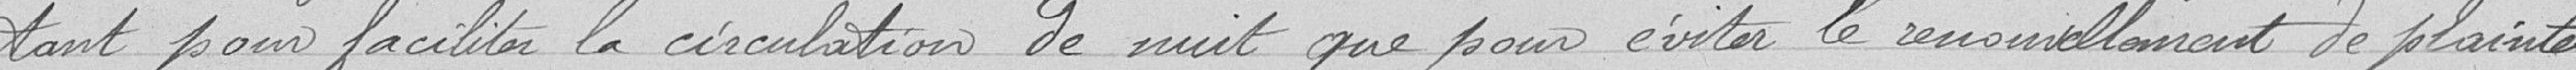
tant pour faciliter la circulation de nuit que pour éviter le renouvellement de plaintes